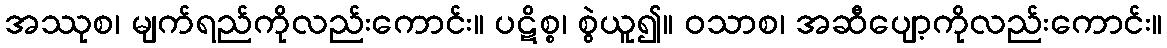
အဿုစ၊ မျက်ရည်ကိုလည်းကောင်း။ ပဋိစ္စ၊ စွဲယူ၍။ ဝသာစ၊ အဆီပျော့ကိုလည်းကောင်း။